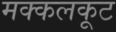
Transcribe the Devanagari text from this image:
मक्कलकूट